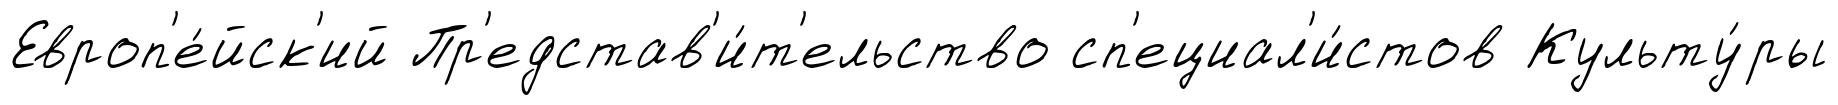
Европ'е́йск'ий Пр'едстав'и́т'ельство сп'ециал'и́стов Культу́ры